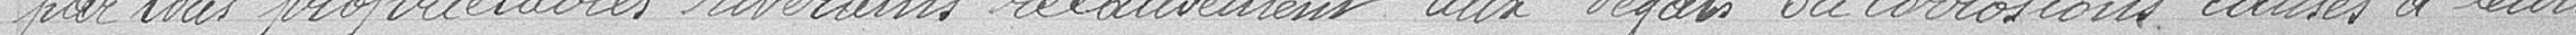
par trois propriétaires riverains relativement aux dégâts ou corrosions causés à leurs